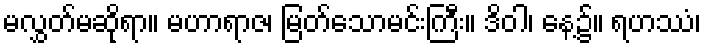
မလွှတ်မဆိုရာ။ မဟာရာဇ၊ မြတ်သောမင်းကြီး။ ဒိဝါ၊ နေ့၌။ ရဟဿံ၊